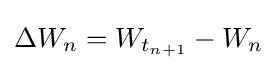
\Delta W_{n}=W_{t_{n+1}}-W_{n}